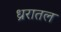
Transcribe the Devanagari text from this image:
ध्ररातल